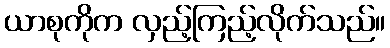
ယာစုကိုက လှည့်ကြည့်လိုက်သည်။